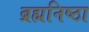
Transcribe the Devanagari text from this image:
ब्रह्मनिष्ठा